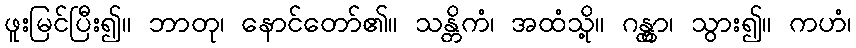
ဖူးမြင်ပြီး၍။ ဘာတု၊ နောင်တော်၏။ သန္တိကံ၊ အထံသို့။ ဂန္တွာ၊ သွား၍။ ကဟံ၊